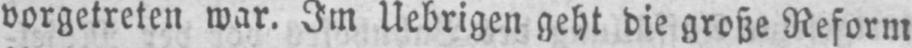
vorgetreten war. Im Uebrigen geht die große Reform